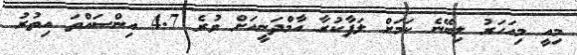
މިއީ މިއަހަރު ލިބޭނެ ކަމަށް ލަފާކުރާ އާމްދަނީއަށް ވުރެ 4.7 އިންސައްތަ އިތުރު